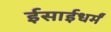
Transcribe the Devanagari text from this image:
ईसाईधर्मं